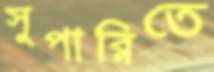
সুপারিতে